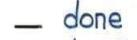
- done